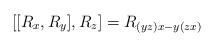
LaTeX: \begin{align*} [[R_x,R_y],R_z]=R_{(yz)x-y(zx)} \end{align*}